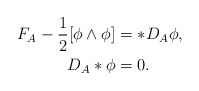
\begin{align*}\begin{aligned}F_A-\frac{1}{2}[\phi\wedge\phi]&=*D_A\phi,\\D_A*\phi&=0.\end{aligned}\end{align*}